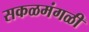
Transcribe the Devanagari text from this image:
सकळमंगळी